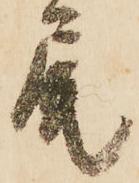
尾